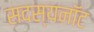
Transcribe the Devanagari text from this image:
सदस्यनॉट